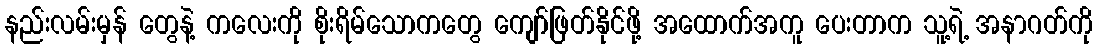
နည်းလမ်းမှန် တွေနဲ့ ကလေးကို စိုးရိမ်သောကတွေ ကျော်ဖြတ်နိုင်ဖို့ အထောက်အကူ ပေးတာက သူ့ရဲ့ အနာဂတ်ကို